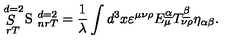
\mathop { S } _ { \ r T } ^ { \ d = 2 } \mathrm { \LARGE \sl S } _ { \ n r T } ^ { \ d = 2 } = { \frac { 1 } { \lambda } } \int d ^ { 3 } x \varepsilon ^ { \mu \nu \rho } E _ { \mu } ^ { \underline { { \alpha } } } T _ { \nu \rho } ^ { \underline { { \beta } } } \eta _ { \alpha \beta } .